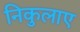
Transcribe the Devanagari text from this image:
निकुलाए